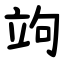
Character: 竘